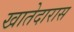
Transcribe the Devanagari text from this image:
खातेदारास